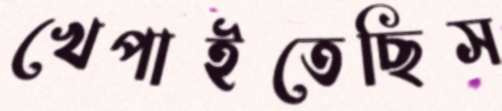
খেপাইতেছিস